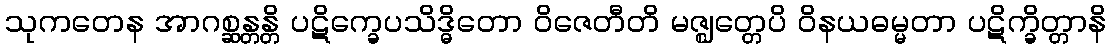
သုကတေန အာဂစ္ဆန္တန္တိ ပဋိက္ခေပသိဒ္ဓိတော ဝိဇေတီတိ မဇ္ဈတ္တေပိ ဝိနယဓမ္မတာ ပဋိက္ခိတ္တာနိ